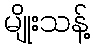
မျိုးသန့်